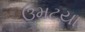
ઉમટયા